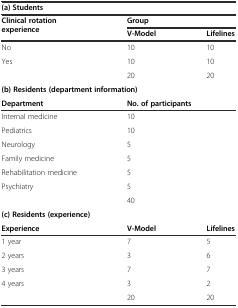
| <COLSPAN=3> (a) Students |
 | <ROWSPAN=2> Clinical rotation experience | <COLSPAN=2> Group |
 | V-Model | Lifelines |
 | --- | --- | --- |
 | No | 10 | 10 |
 | Yes | 10 | 10 |
 |  | 20 | 20 |
 | <COLSPAN=3> (b) Residents (department information) |
 | Department | <COLSPAN=2> No. of participants |
 | Internal medicine | <COLSPAN=2> 10 |
 | Pediatrics | <COLSPAN=2> 10 |
 | Neurology | <COLSPAN=2> 5 |
 | Family medicine | <COLSPAN=2> 5 |
 | Rehabilitation medicine | <COLSPAN=2> 5 |
 | Psychiatry | <COLSPAN=2> 5 |
 |  | <COLSPAN=2> 40 |
 | <COLSPAN=3> (c) Residents (experience) |
 | Experience | V-Model | Lifelines |
 | 1 year | 7 | 5 |
 | 2 years | 3 | 6 |
 | 3 years | 7 | 7 |
 | 4 years | 3 | 2 |
 |  | 20 | 20 |